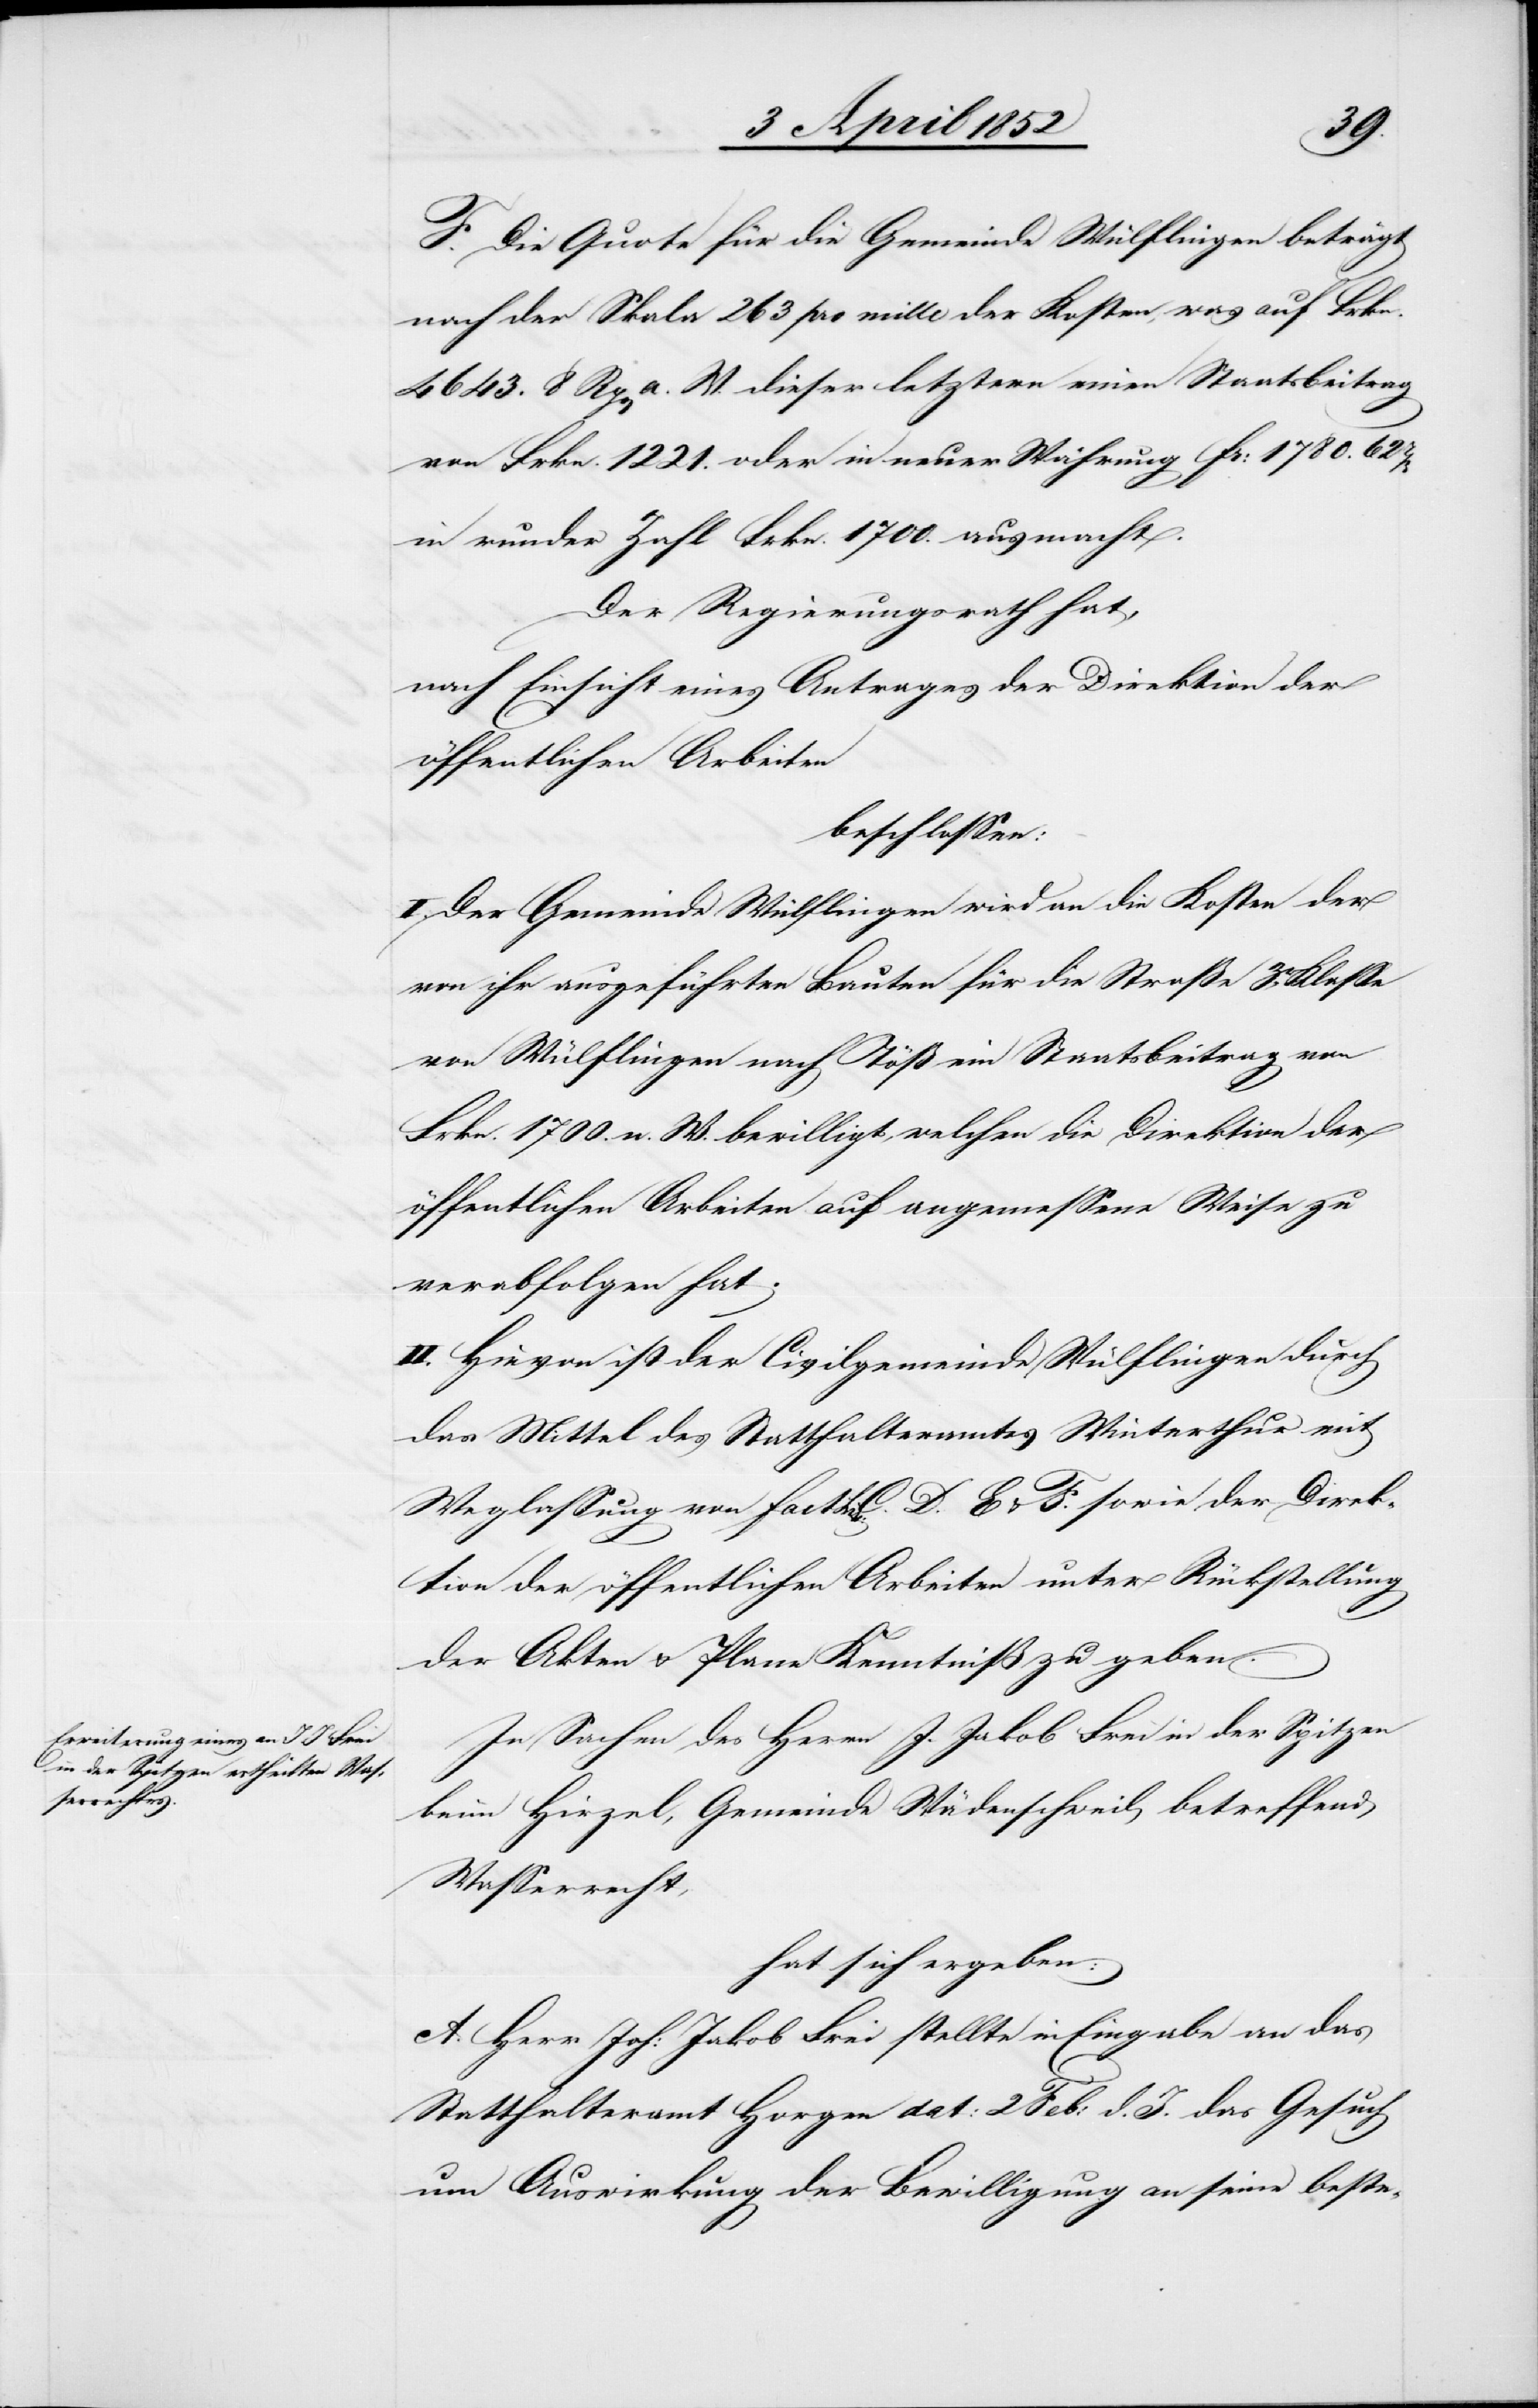
F. Die Quote für die Gemeinde Wülflingen beträgt
nach der Skala 263 pro mille der Kosten, was auf Frkn.
4643. 8 Rp[en] a. W. dieser letztern einen Staatsbeitrag
von Frkn. 1221. oder in neuer Währung Fr: 1780. 62
in runder Zahl Frkn. 1700. ausmacht.
Der Regierungsrath hat,
nach Einsicht eines Antrages der Direktion der
öffentlichen Arbeiten
beschlossen:
I. Der Gemeinde Wülflingen wird an die Kosten der
von ihr ausgeführten Bauten für die Straße 3r. Klasse
von Wülflingen nach Töß ein Staatsbeitrag von
Frkn. 1700. n. W. bewilligt, welchen die Direktion der
öffentlichen Arbeiten auf angemessene Weise zu
verabfolgen hat.
II. Hievon ist der Civilgemeinde Wülflingen durch
das Mittel des Statthalteramtes Winterthur mit
Weglassung von Fact Litt: C.[,] D.[,] E & F. sowie der Direk¬
tion der öffentlichen Arbeiten unter Rückstellung
der Akten & Plane Kenntniß zu geben.
In Sachen des Herrn J. Jakob Frei in der Spitzen
beim Hirzel, Gemeinde Wädenschweil betreffend
Wasserrecht,
hat sich ergeben:
A. Herr Joh: Jakob Frei stellte in Eingabe an das
Statthalteramt Horgen dat: 2 Feb: d. J. das Gesuch
um Auswirkung der Bewilligung an seine beste-